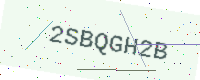
Text: 2SBQGH2B